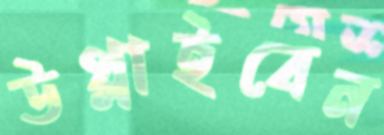
উথ্‌লাইবেন